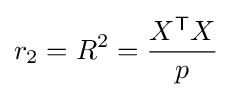
r_{2}=R^{2}={\frac {X^{\mathsf {T}}X}{p}}